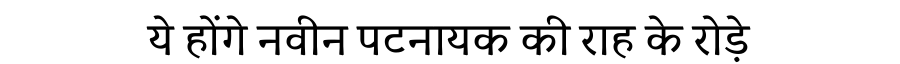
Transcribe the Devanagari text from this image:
ये होंगे नवीन पटनायक की राह के रोड़े